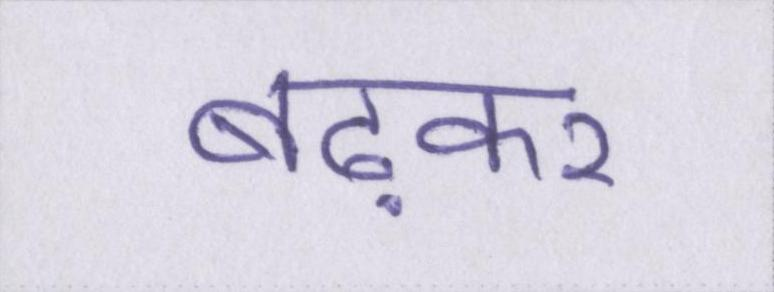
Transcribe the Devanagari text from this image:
बढ़कर